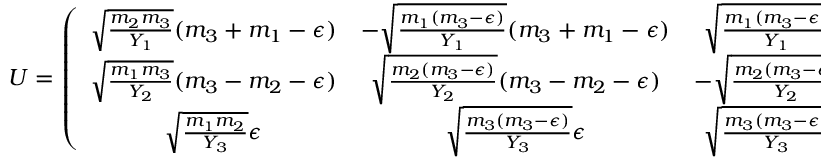
U = \left( \begin{array} { c c c } { { \sqrt { \frac { m _ { 2 } m _ { 3 } } { Y _ { 1 } } } ( m _ { 3 } + m _ { 1 } - \epsilon ) } } & { { - \sqrt { \frac { m _ { 1 } ( m _ { 3 } - \epsilon ) } { Y _ { 1 } } } ( m _ { 3 } + m _ { 1 } - \epsilon ) } } & { { \sqrt { \frac { m _ { 1 } ( m _ { 3 } - \epsilon ) } { Y _ { 1 } } } \omega ( m _ { 2 } - m _ { 1 } + \epsilon ) } } \\ { { \sqrt { \frac { m _ { 1 } m _ { 3 } } { Y _ { 2 } } } ( m _ { 3 } - m _ { 2 } - \epsilon ) } } & { { \sqrt { \frac { m _ { 2 } ( m _ { 3 } - \epsilon ) } { Y _ { 2 } } } ( m _ { 3 } - m _ { 2 } - \epsilon ) } } & { { - \sqrt { \frac { m _ { 2 } ( m _ { 3 } - \epsilon ) } { Y _ { 2 } } } \omega ( m _ { 2 } - m _ { 1 } + \epsilon ) } } \\ { { \sqrt { \frac { m _ { 1 } m _ { 2 } } { Y _ { 3 } } } \epsilon } } & { { \sqrt { \frac { m _ { 3 } ( m _ { 3 } - \epsilon ) } { Y _ { 3 } } } \epsilon } } & { { \sqrt { \frac { m _ { 3 } ( m _ { 3 } - \epsilon ) } { Y _ { 3 } } } \omega ( m _ { 2 } - m _ { 1 } + \epsilon ) } } \end{array} \right) ,